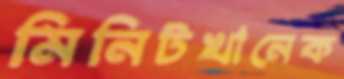
মিনিটখানেক